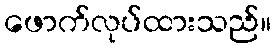
ဖောက်လုပ်ထားသည်။